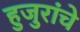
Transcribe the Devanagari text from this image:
हुजुरांचे